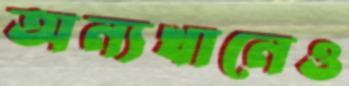
অন্যখানেও